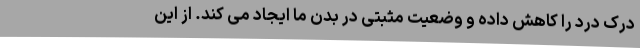
درک درد را کاهش داده و وضعیت مثبتی در بدن ما ایجاد می کند. از این